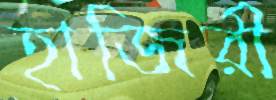
হাজিরী